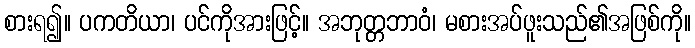
စားရ၍။ ပကတိယာ၊ ပင်ကိုအားဖြင့်။ အဘုတ္တဘာဝံ၊ မစားအပ်ဖူးသည်၏အဖြစ်ကို။